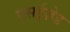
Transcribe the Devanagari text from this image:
एसईज़ेड